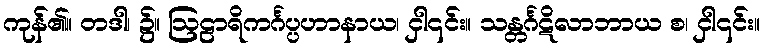
ကုန်၏။ တဒါ၊ ၌။ ဩဠာရိကင်္ဂပ္ပဟာနာယ၊ ငှါ၎င်း။ သန္တင်္ဂဋိလာဘာယ စ၊ ငှါ၎င်း။